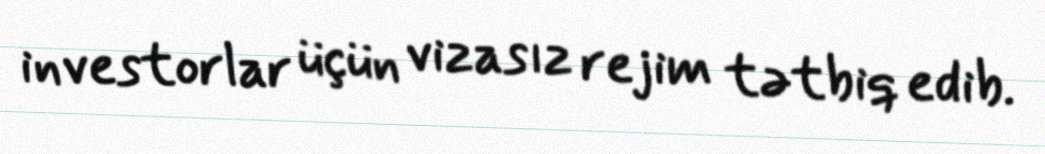
investorlar üçün vizasız rejim tətbiq edib.